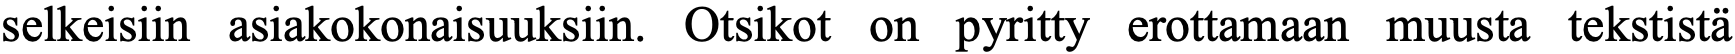
selkeisiin asiakokonaisuuksiin. Otsikot on pyritty erottamaan muusta tekstistä